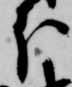
分